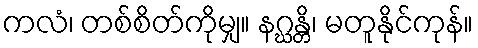
ကလံ၊ တစ်စိတ်ကိုမျှ။ နဂ္ဃန္တိ၊ မတူနိုင်ကုန်။